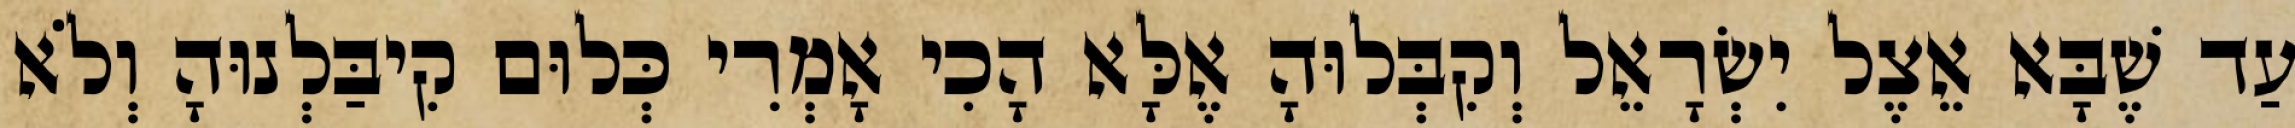
עַד שֶׁבָּא אֵצֶל יִשְׂרָאֵל וְקִבְּלוּהָ אֶלָּא הָכִי אָמְרִי כְּלוּם קִיבַּלְנוּהָ וְלֹא